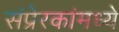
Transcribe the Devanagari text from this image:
संप्रेरकांमध्ये